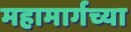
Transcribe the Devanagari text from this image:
महामार्गच्या